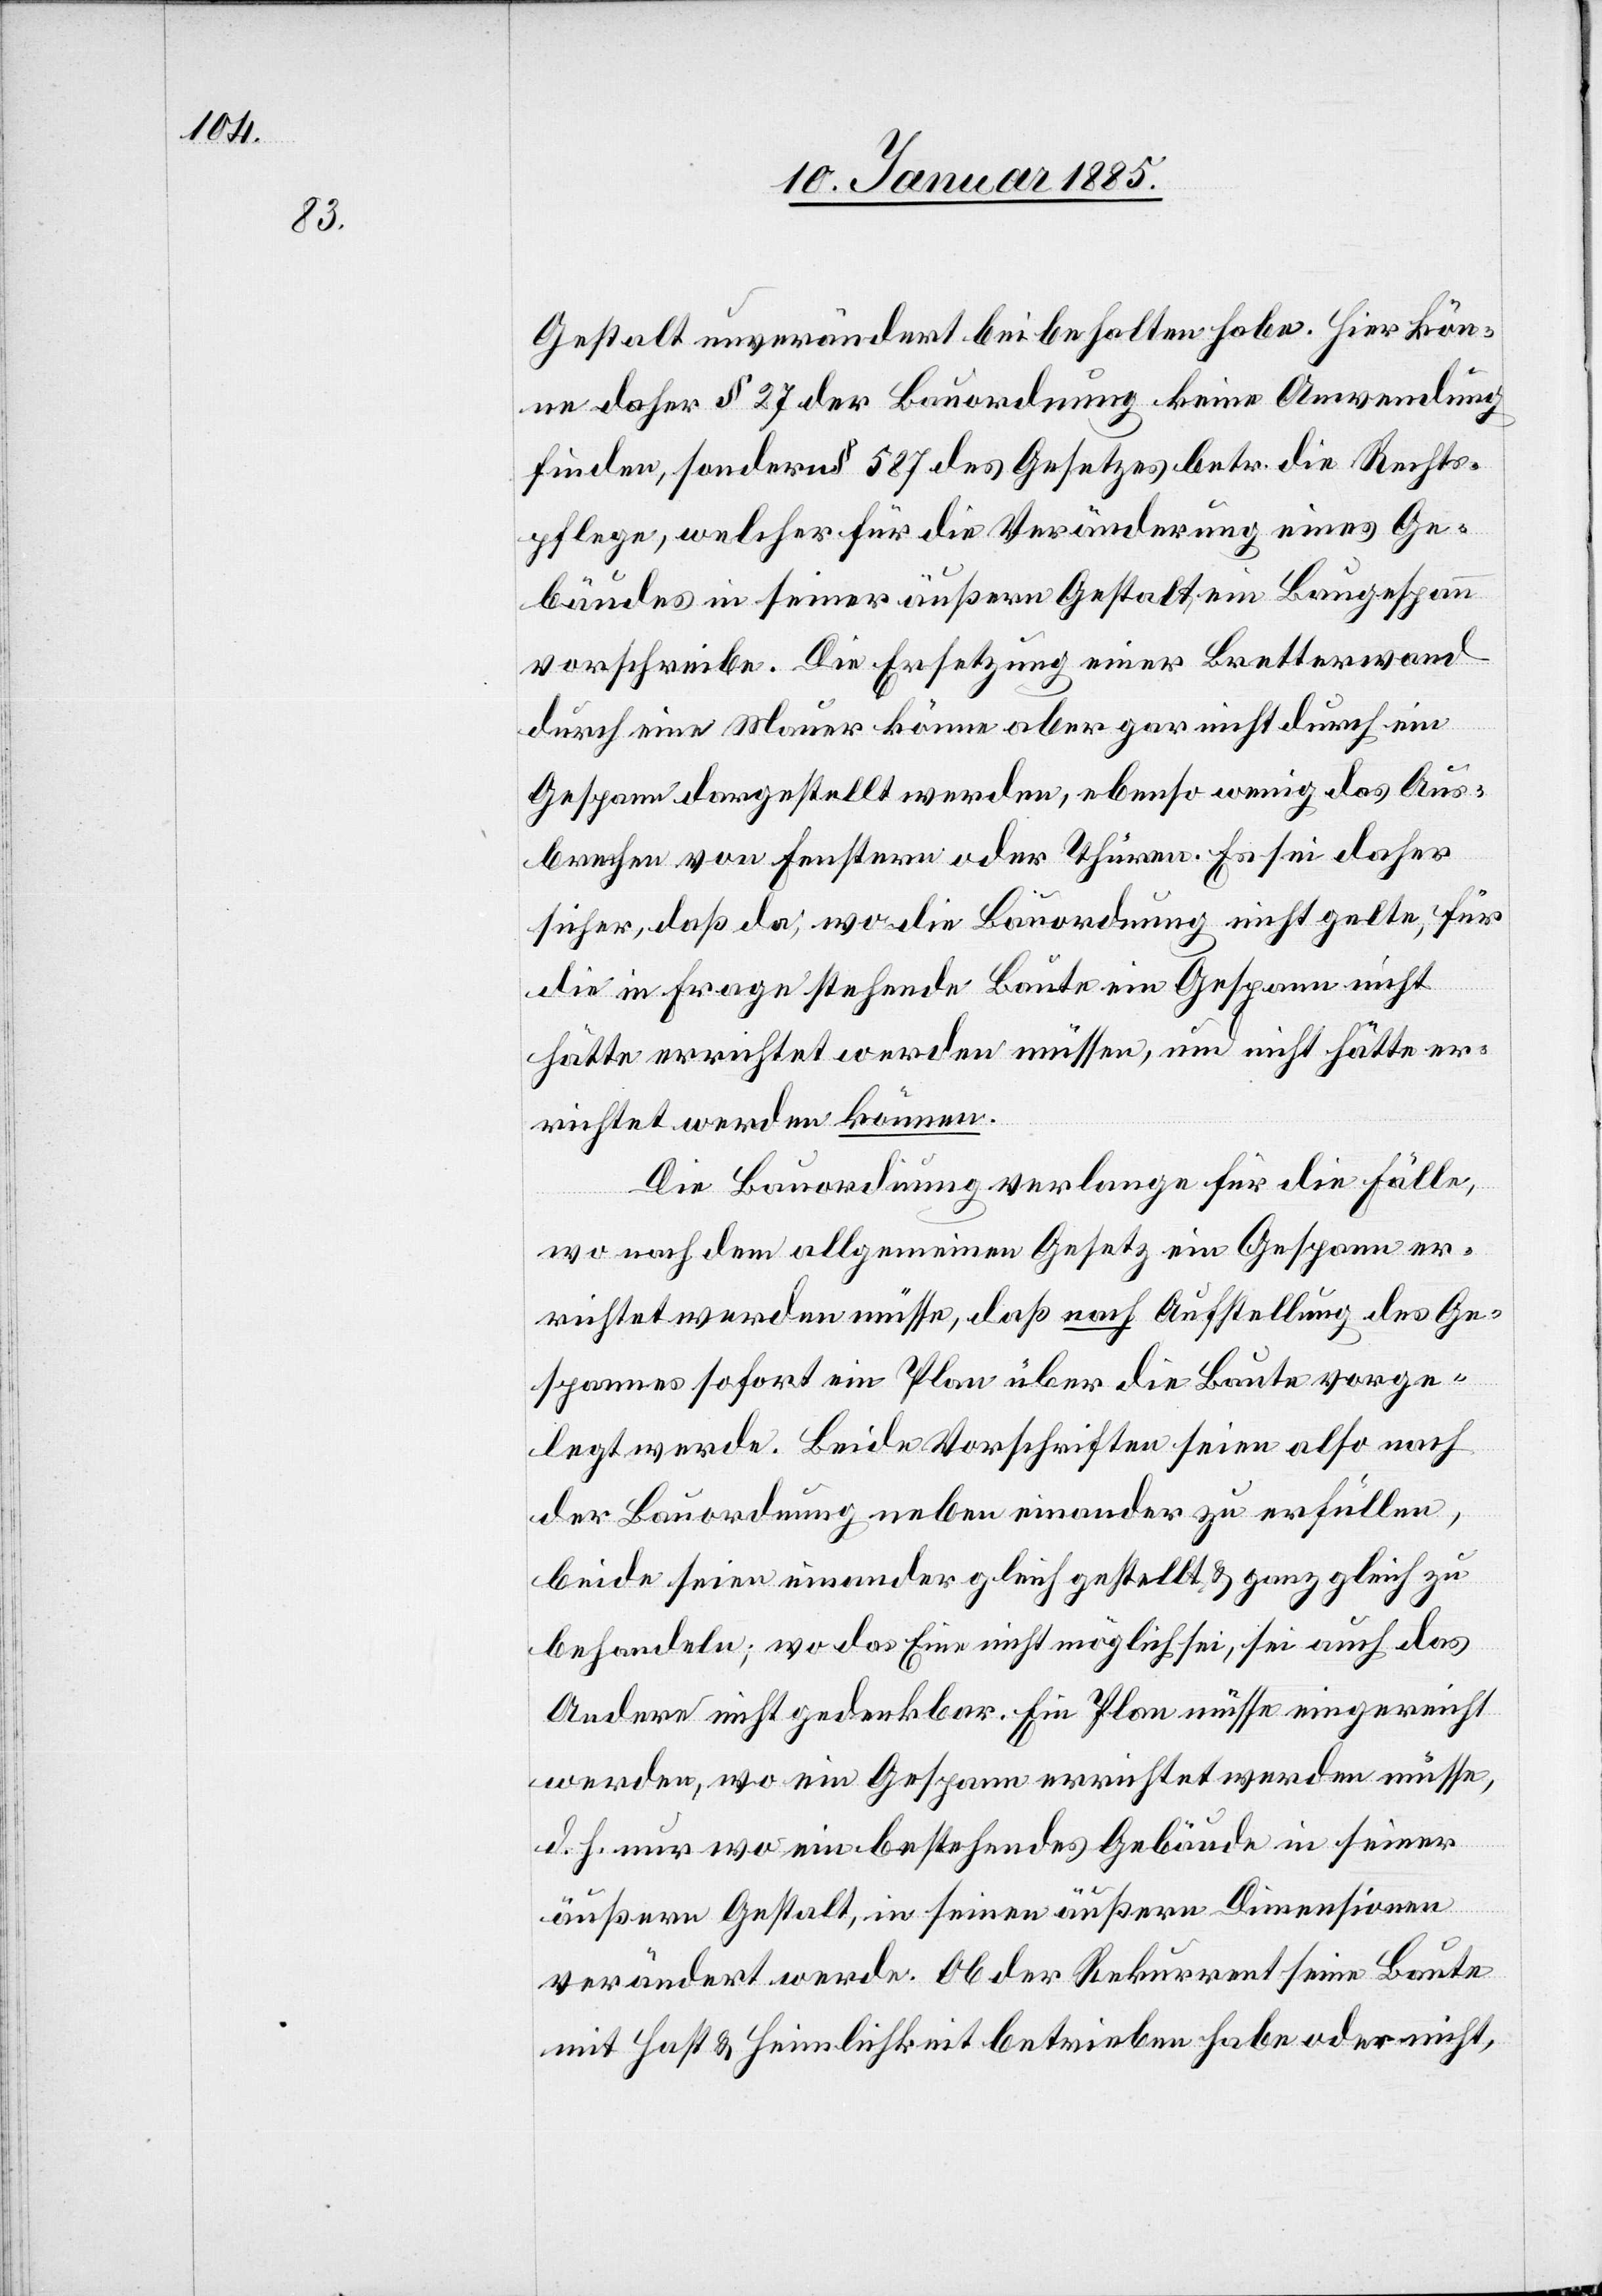
Gestalt unverändert beibehalten habe. Hier kön¬
ne daher § 27 der Bauordnung keine Anwendung
finden, sondern § 587 des Gesetzes betr. die Rechts¬
pflege, welcher für die Veränderung eines Ge¬
bäudes in seiner äußern Gestalt, ein Baugespann
vorschreibe. Die Ersetzung einer Bretterwand
durch eine Mauer könne aber gar nicht durch ein
Gespann dargestellt werden, ebenso wenig das Aus¬
brechen von Fenstern oder Thüren. Es sei daher
sicher, daß da, wo die Bauordnung nicht gelte, für
die in Frage stehende Baute ein Gespann nicht
hätte errichtet werden müssen, und nicht hätte er¬
richtet werden können.
Die Bauordnung verlange für die Fälle,
wo nach dem allgemeinen Gesetz ein Gespann er¬
richtet werden müsse, daß nach Aufstellung des Ge¬
spannes sofern ein Plan über die Baute vorge¬
legt werde. Beide Vorschriften seien also nach
der Bauordnung neben einander zu erfüllen,
beide seien einander gleich gestellt & ganz gleich zu
behandeln; wo das Eine nicht möglich sei, sei auch das
Andere nicht gedenkbar. Ein Plan müsse eingereicht
werden, wo ein Gespann errichtet werden müsse,
d. h. nur wo ein bestehendes Gebäude in seiner
äußern Gestalt, in seinen äußern Dimensionen
verändert werde. Ob der Rekurrent seine Baute
mit Hast & Heimlichkeit betrieben habe oder nicht,